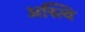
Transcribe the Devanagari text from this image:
अस्त्वि